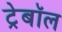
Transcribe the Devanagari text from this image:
ट्रेबॉल